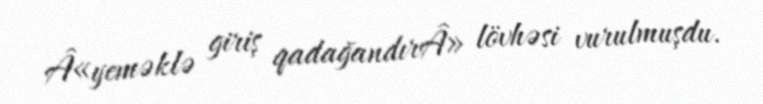
Â«yeməklə giriş qadağandırÂ» lövhəsi vurulmuşdu.